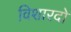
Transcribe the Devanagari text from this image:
विशारदो